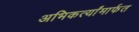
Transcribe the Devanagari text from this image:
अभिकर्त्यांमार्फत